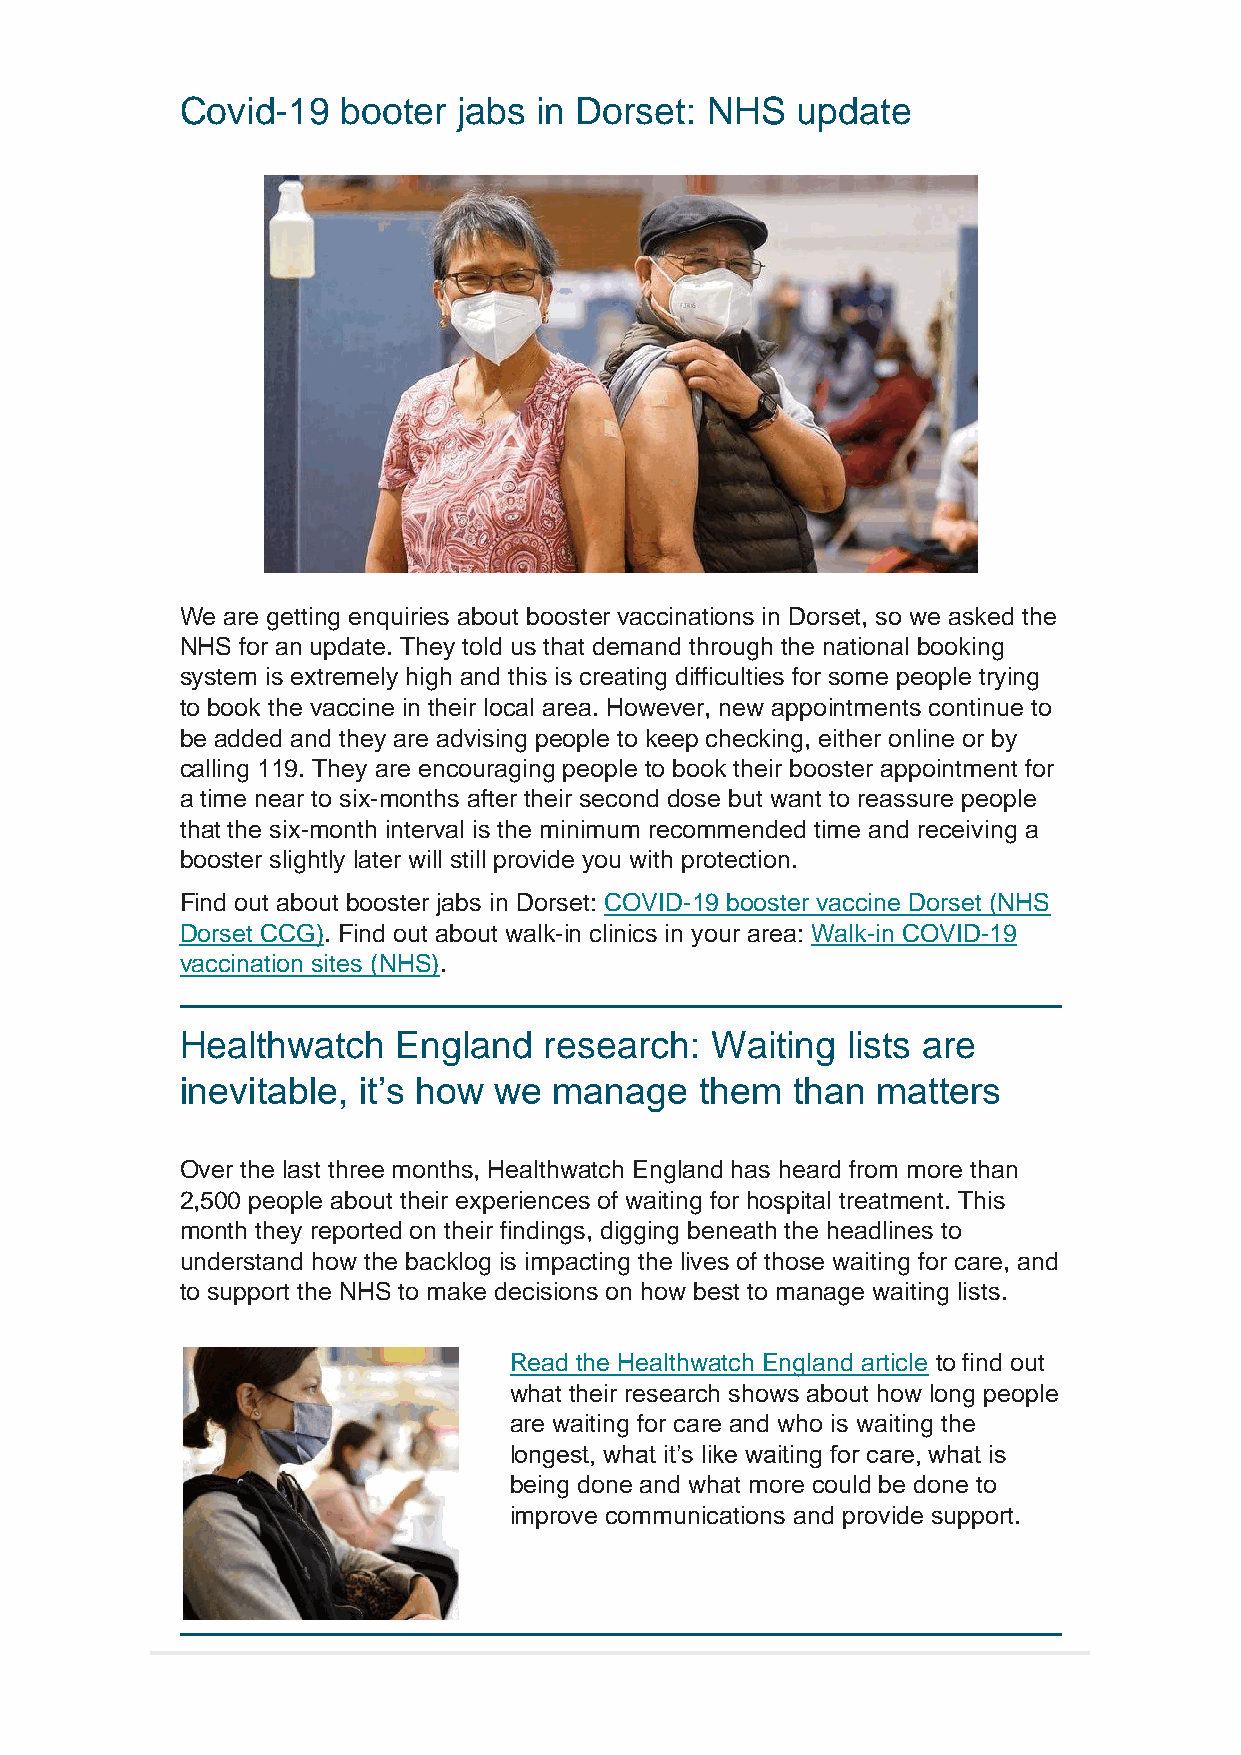
Covid-19  booter  jabs in Dorset:  NHS   update
 We are getting enquiries about booster vaccinations in Dorset, so we asked the
 NHS for an update. They told us that demand through the national booking
 system is extremely high and this is creating difficulties for some people trying
 to book the vaccine in their local area. However, new appointments continue to
 be added and they are advising people to keep checking, either online or by
 calling 119. They are encouraging people to book their booster appointment for
 a time near to six-months after their second dose but want to reassure people
 that the six-month interval is the minimum recommended time and receiving a
 booster slightly later will still provide you with protection.
 Find out about booster jabs in Dorset: COVID-19 booster vaccine Dorset (NHS
 Dorset CCG). Find out about walk-in clinics in your area: Walk-in COVID-19
 vaccination sites (NHS).
 Healthwatch   England   research:  Waiting  lists are
 inevitable, it’s how we  manage   them  than  matters
 Over the last three months, Healthwatch England has heard from more than
 2,500 people about their experiences of waiting for hospital treatment. This
 month they reported on their findings, digging beneath the headlines to
 understand how the backlog is impacting the lives of those waiting for care, and
 to support the NHS to make decisions on how best to manage waiting lists.
 Read the Healthwatch England article to find out
 what their research shows about how long people
 are waiting for care and who is waiting the
 longest, what it’s like waiting for care, what is
 being done and what more could be done to
 improve communications and provide support.